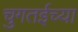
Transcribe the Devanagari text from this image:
चुगतईच्या